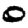
Digit: 0